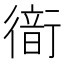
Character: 𧗹